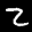
Label: 2